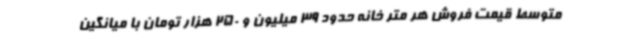
متوسط قیمت فروش هر متر خانه حدود 39 میلیون و 250 هزار تومان با میانگین